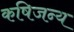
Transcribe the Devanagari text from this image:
कषिजन्य